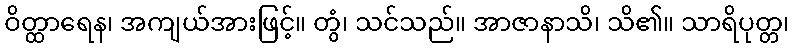
ဝိတ္ထာရေန၊ အကျယ်အားဖြင့်။ တွံ၊ သင်သည်။ အာဇာနာသိ၊ သိ၏။ သာရိပုတ္တ၊